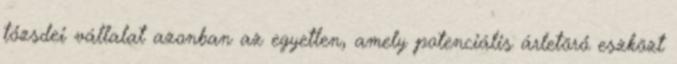
tőzsdei vállalat azonban az egyetlen, amely potenciális árletörő eszközt